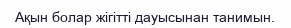
Ақын болар жігітті дауысынан танимын.